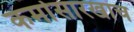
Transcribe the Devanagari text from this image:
कर्मासारखाच